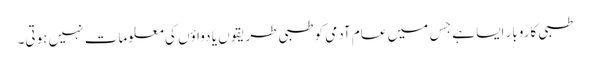
طبی کاروبار ایسا ہے جِس میں عام آدمی کو طبی طریقوں یا دواؤں کی معلومات نہیں ہوتی۔